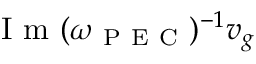
\mathrm { ~ I ~ m ~ } ( \omega _ { \mathrm { ~ P ~ E ~ C ~ } } ) ^ { - 1 } v _ { g }